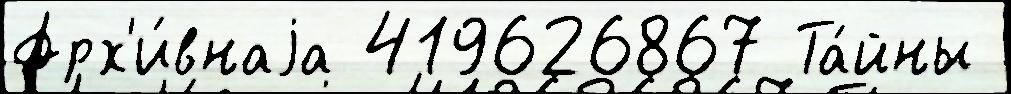
Арх'и́внаjа 419626867 Та́йны